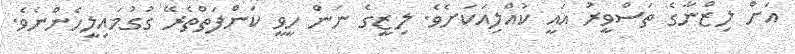
އަށް ލިޒްނާގެ ތަސްވީރު އައީ ކުއްލިއަކަށެވެ. ލިޒީގެ ނަން ހީވީ ކަންފަތްތެރޭ ގުގުމައިލީހެންނެވެ.